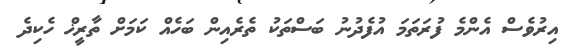
އިރުވެސް އެންމެ ފުރަތަމަ އުފެދުނު ބަސްތަކު ތެރެއިން ބަހެއް ކަމަށް ތާރީޚް ހެކިދެ